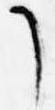
了